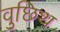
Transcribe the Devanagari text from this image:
वुछिथ